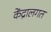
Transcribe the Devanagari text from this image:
केंद्रालगत